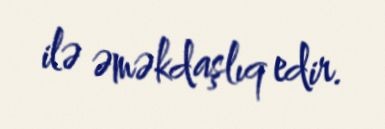
ilə əməkdaşlıq edir.